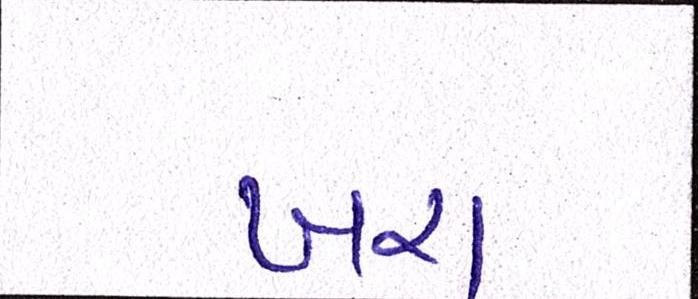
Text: ખરા